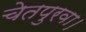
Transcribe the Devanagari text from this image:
चेतपुरवा।